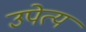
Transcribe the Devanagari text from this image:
उपेत्य